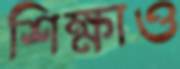
শিক্ষাও